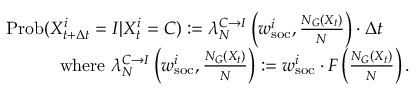
\begin{array} { r l } & { \mathrm { P r o b } ( X _ { t + \Delta t } ^ { i } = I | X _ { t } ^ { i } = C ) : = \lambda _ { N } ^ { C \rightarrow I } \left( w _ { \mathrm { s o c } } ^ { i } , \frac { N _ { G } ( X _ { t } ) } { N } \right) \cdot \Delta t } \\ & { \quad \quad \quad \mathrm { w h e r e } \, \, \lambda _ { N } ^ { C \rightarrow I } \left( w _ { \mathrm { s o c } } ^ { i } , \frac { N _ { G } ( X _ { t } ) } { N } \right) : = w _ { \mathrm { s o c } } ^ { i } \cdot F \left( \frac { N _ { G } ( X _ { t } ) } { N } \right) . } \end{array}